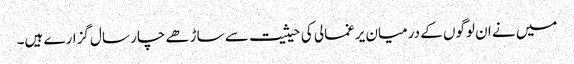
میں نے ان لوگوں کے درمیان یرغمالی کی حیثیت سے ساڑھے چار سال گزارے ہیں۔